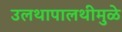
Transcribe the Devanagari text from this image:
उलथापालथीमुळे